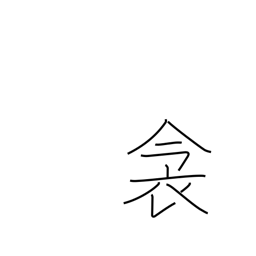
Meaning: bedding